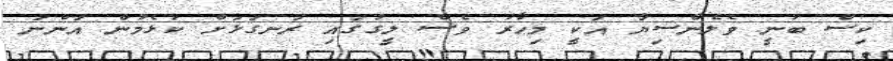
ކިސް ބުނީ ވެލެންސިޔާ އަކީ މިހާރު ވެސް ލީގުގައި ރަނގަޅަށް ކުޅެމުން އަންނަ